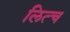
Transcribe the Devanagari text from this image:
लित्च